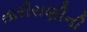
તારીરાણીની